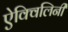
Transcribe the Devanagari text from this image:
ऐक्विलिनी